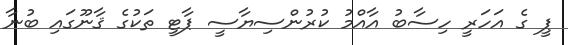
ޕީ ގެ އަހަރީ ހިސާބު އާއްމު ކުރުންސިޔާސީ ޕާޓީ ތަކުގެ ޤާނޫގައި ބުނާ